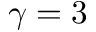
\gamma = 3